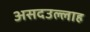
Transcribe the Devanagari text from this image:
असदउल्लाह